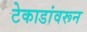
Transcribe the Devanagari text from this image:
टेकाडांवरून